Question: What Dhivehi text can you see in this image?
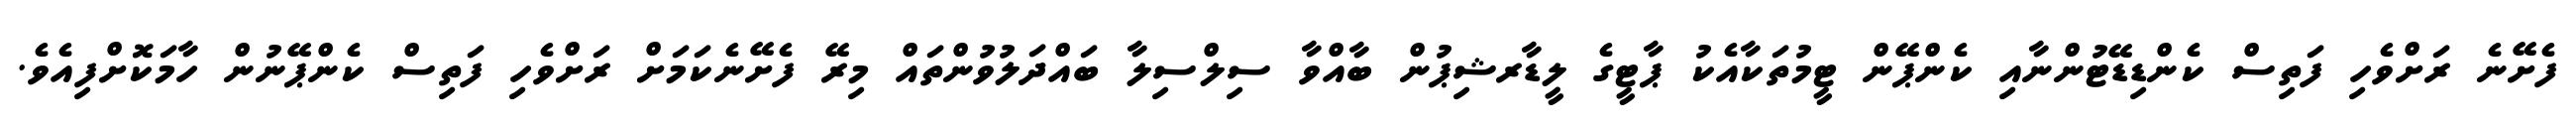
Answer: ފެށޭނެ ރަށްވެހި ފަތިސް ކެންޑިޑޭޓުންނާއި ކެންޕޭން ޓީމުތަކާއެކު ޕާޓީގެ ލީޑާރޝިޕުން ބާއްވާ ސިލްސިލާ ބައްދަލުވުންތައް މިރޭ ފެށޭނެކަމަށް ރަށްވެހި ފަތިސް ކެންޕޭނުން ހާމަކޮށްފިއެވެ.